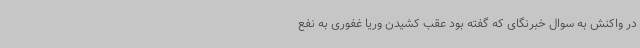
در واکنش به سوال خبرنگای که گفته بود عقب کشیدن وریا غفوری به نفع